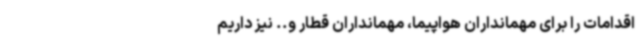
اقدامات را برای مهمانداران هواپیما، مهمانداران قطار و.. نیز داریم